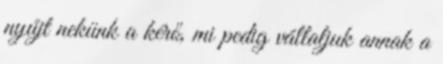
nyújt nekünk a kérő, mi pedig vállaljuk annak a